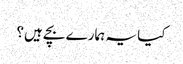
کیا یہ ہمارے بچے ہیں؟